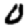
Digit: 0